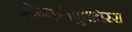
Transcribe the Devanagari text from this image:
मोग्गलिपुत्ततिस्स